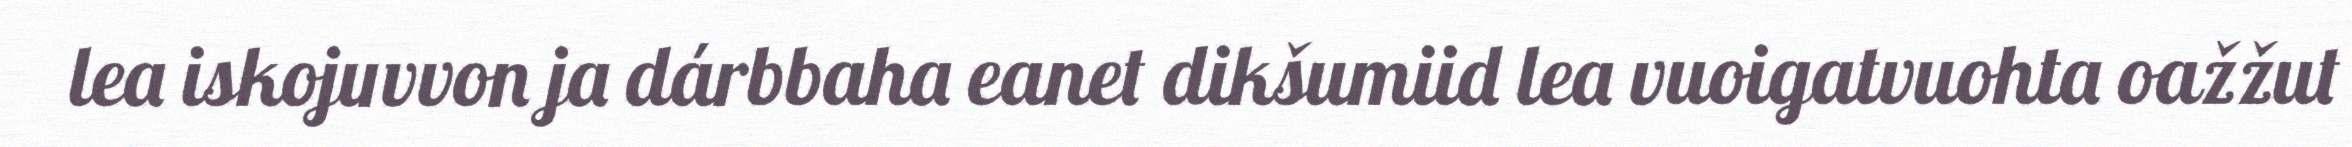
lea iskojuvvon ja dárbbaha eanet dikšumiid lea vuoigatvuohta oažžut